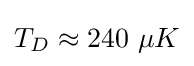
T_{D}\approx 240\ \mu K